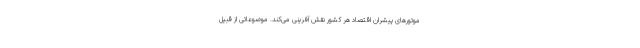
موتورهای پیشران اقتصاد هر کشور نقش آفرینی می‌کند. موضوعاتی از قبیل